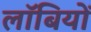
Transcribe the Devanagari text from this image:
लॉबियों